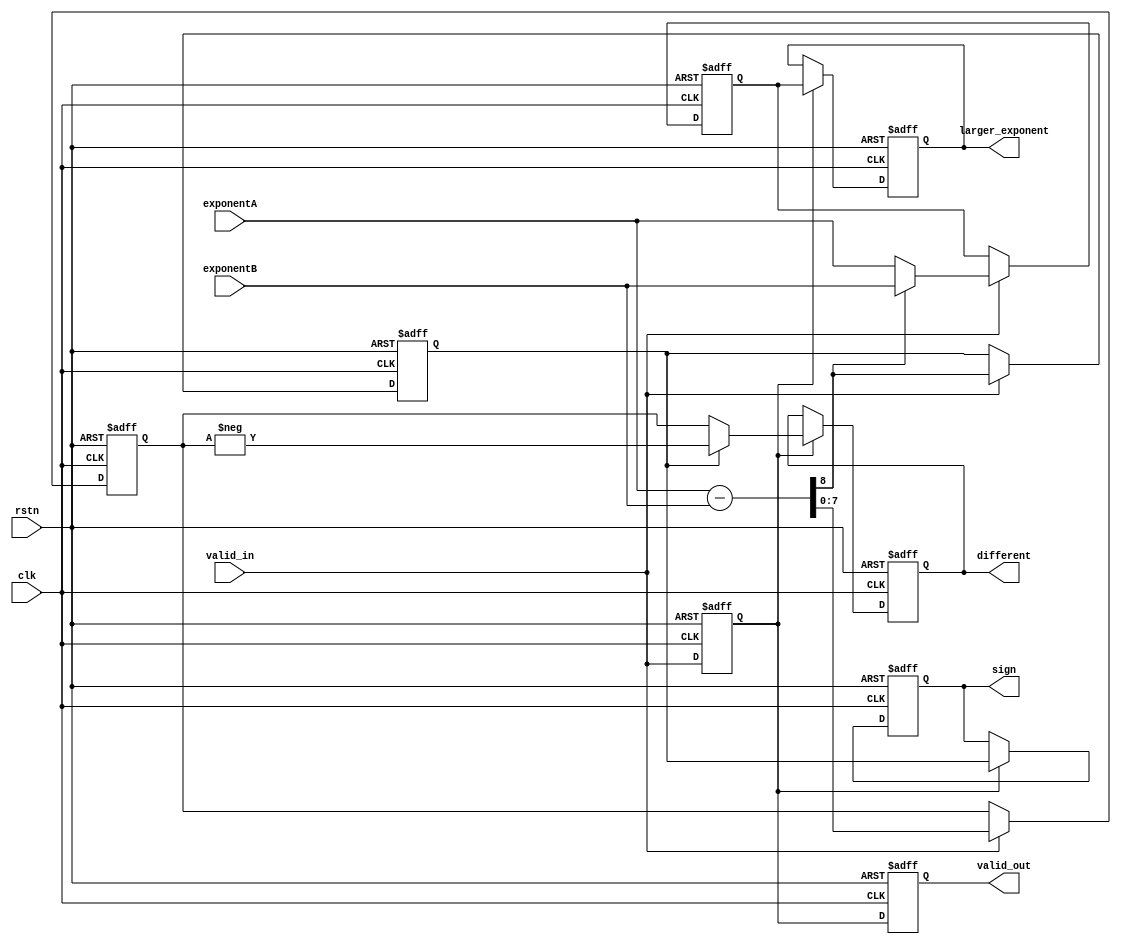
`timescale 1ns / 1ps
//////////////////////////////////////////////////////////////////////////////////
// Company: 
// Engineer: 
// 
// Design Name: 
// Module Name: different_exponent
// Project Name: 
// Target Devices: 
// Tool Versions: 
// Description: 
// 
// Dependencies: 
// 
// Revision:
// Revision 0.01 - File Created
// Additional Comments:
// 
//////////////////////////////////////////////////////////////////////////////////
module different_exponent // 2 CLOCK
(
    input               clk, rstn, valid_in,
    input   [7:0]       exponentA, exponentB,
    output              valid_out, sign,
    output  [7:0]       different, larger_exponent      
//    input               clk, rstn, valid_in_init,
//    input   [7:0]       exponentA_init, exponentB_init,
//    output              valid_out, sign,
//    output  [7:0]       different, larger_exponent  
);      
    
//    reg                   valid_in;
//    reg   [7:0]          exponentA, exponentB;    
    
//    always @ (posedge clk or negedge rstn) begin
//        if (!rstn) begin
//            exponentA         <=  'b0;
//            exponentB         <=  'b0;
//            valid_in    <=  'b0;
//        end
//        else begin
//            valid_in<=  valid_in_init;
//            if (valid_in_init) begin
//                exponentA     <=  exponentA_init;
//                exponentB     <=  exponentB_init;
//            end
//            else begin
//                exponentA     <=  exponentA;
//                exponentB     <=  exponentB;
//            end
//        end
//    end
    

    wire                temp_carry_sub;
    wire    [7:0]       temp_value_sub;
    assign  {temp_carry_sub, temp_value_sub}  =   exponentA - exponentB;
    
    reg                 valid_temp, carry_sub;
    reg     [7:0]       value_sub, exponent_max;
//    assign  exponent_max            =   carry_sub? exponentB : exponentA;
    
    reg                 temp_valid_out, temp_sign;
    reg     [7:0]       temp_larger_exponent, temp_different;
    always @ (posedge clk or negedge rstn) begin
        if (!rstn) begin
            valid_temp                  <=  'b0;
            carry_sub                   <=  'b0;
            value_sub                   <=  'b0;
            exponent_max                <=  'b0;
            
            temp_valid_out              <=  'b0;
            temp_sign                   <=  'b0;
            temp_larger_exponent        <=  'b0;
            temp_different              <=  'b0;  
                
        end
        else begin
            // STAGE 1 
            valid_temp      <=  valid_in;
            if (valid_in) begin:    STAGE1_VALID
                carry_sub                   <=  temp_carry_sub;
                value_sub                   <=  temp_value_sub;
                if (temp_carry_sub)
                    exponent_max          <=  exponentB;
                else
                    exponent_max          <=  exponentA;  
            end
            else begin:    STAGE1_NOT_VALID
                carry_sub                   <=  carry_sub;
                value_sub                   <=  value_sub;
                exponent_max                <=  exponent_max;
            end
            // STAGE 2
            temp_valid_out  <=  valid_temp;
            if (valid_temp) begin:    STAGE2_VALID
                temp_sign                   <=  carry_sub;
                temp_larger_exponent        <=  exponent_max;
                if (carry_sub)
                    temp_different          <=  -value_sub;
                else
                    temp_different          <=  value_sub;                    
            end
            else begin:    STAGE2_NOT_VALID
                temp_sign                   <=  temp_sign;
                temp_larger_exponent        <=  temp_larger_exponent;
                temp_different              <=  temp_different;            
            end
        end
    end
    assign  valid_out               =   temp_valid_out;
    assign  sign                    =   temp_sign;
    assign  different               =   temp_different;
    assign  larger_exponent         =   temp_larger_exponent;  
endmodule